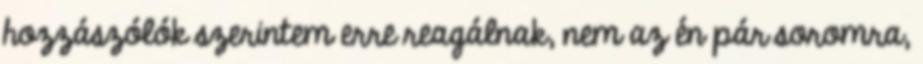
hozzászólók szerintem erre reagálnak, nem az én pár soromra,